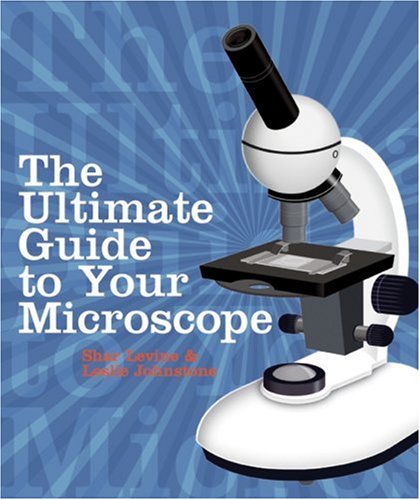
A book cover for The Ultimate Guide to Your Microscope; Shar Levine; Children's Books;